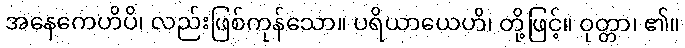
အနေကေဟိပိ၊ လည်းဖြစ်ကုန်သော။ ပရိယာယေဟိ၊ တို့ဖြင့်။ ဝုတ္တာ၊ ၏။